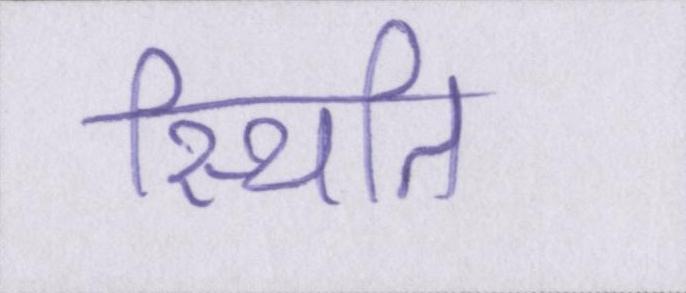
स्थिति